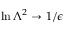
\ln \Lambda ^ { 2 } \to 1 / \epsilon